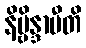
နိဗ္ဗိန္ဒာမီတိ